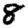
Digit: 8